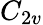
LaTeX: C_{2v}